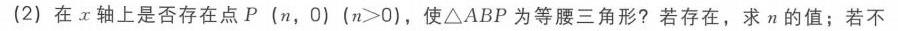
(2) 在\(x\)轴上是否存在点\(P(n,0)\) (\(n > 0\))，使\(\triangle ABP\)为等腰三角形？若存在，求\(n\)的值；若不